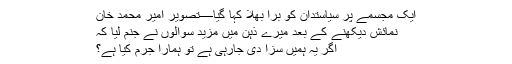
ایک مجسمے پر سیاستدان کو برا بھلا کہا گیا—تصویر امیر محمد خان
نمائش دیکھنے کے بعد میرے ذہن میں مزید سوالوں نے جنم لیا کہ
اگر یہ ہمیں سزا دی جارہی ہے تو ہمارا جرم کیا ہے؟